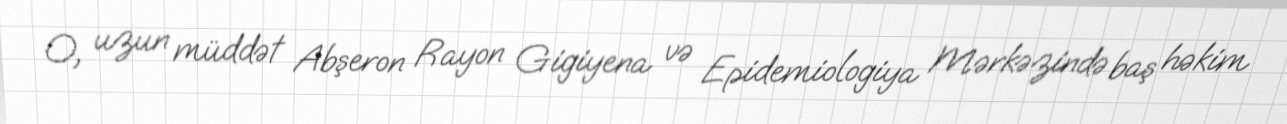
O, uzun müddət Abşeron Rayon Gigiyena və Epidemiologiya Mərkəzində baş həkim